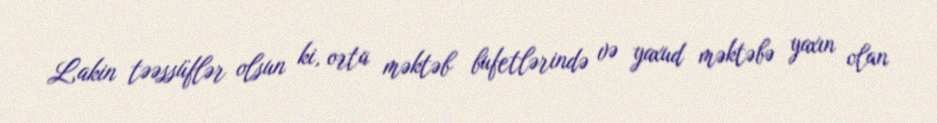
Lakin təəssüflər olsun ki, orta məktəb bufetlərində və yaxud məktəbə yaxın olan